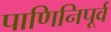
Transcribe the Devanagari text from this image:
पाणिनिपूर्व